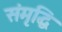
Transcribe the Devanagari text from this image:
संमृृद्धि